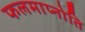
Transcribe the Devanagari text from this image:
फलमाप्नोति